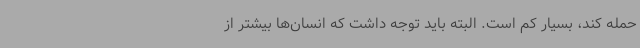
حمله کند، بسیار کم است. البته باید توجه داشت که انسان‌ها بیشتر از